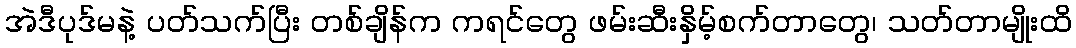
အဲဒီပုဒ်မနဲ့ ပတ်သက်ပြီး တစ်ချိန်က ကရင်တွေ ဖမ်းဆီးနှိမ့်စက်တာတွေ၊ သတ်တာမျိုးထိ